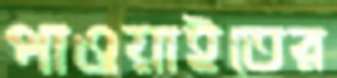
পাওয়াইতের